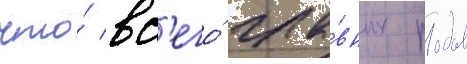
что́ вс'его́ гла́вных родов